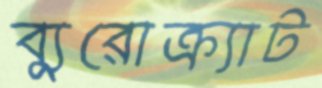
ব্যুরোক্র্যাট